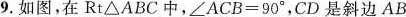
9.如图，在Rt\triangle ABC中，$$\angle ACB=90^ { \circ }$$，CD是斜边AB